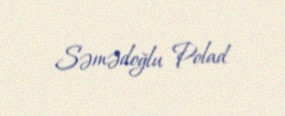
Səmədoğlu Polad